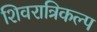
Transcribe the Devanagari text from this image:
शिवरात्रिकल्प